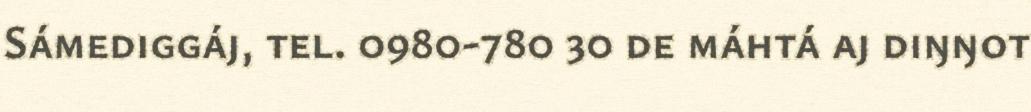
Sámediggáj, tel. 0980-780 30 de máhtá aj diŋŋot